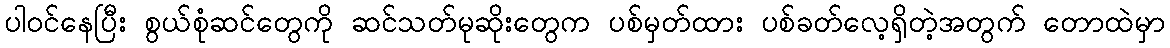
ပါဝင်နေပြီး စွယ်စုံဆင်တွေကို ဆင်သတ်မုဆိုးတွေက ပစ်မှတ်ထား ပစ်ခတ်လေ့ရှိတဲ့အတွက် တောထဲမှာ